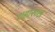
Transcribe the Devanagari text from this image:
शहारूख